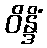
ဝိန္ဒိံ